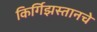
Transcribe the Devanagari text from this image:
किर्गिझस्तानचे